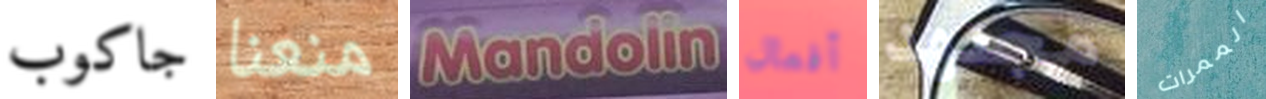
جاكوب منعنا Mandolin أفعال مجتهد الممرات